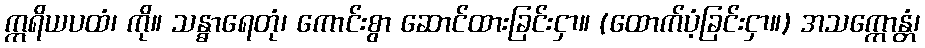
ဣရိယပထံ၊ ကို။ သန္ဓာရေတုံ၊ ကောင်းစွာ ဆောင်ထားခြင်းငှာ။ (ထောက်ပံ့ခြင်းငှာ။) အသက္ကောန္တံ၊